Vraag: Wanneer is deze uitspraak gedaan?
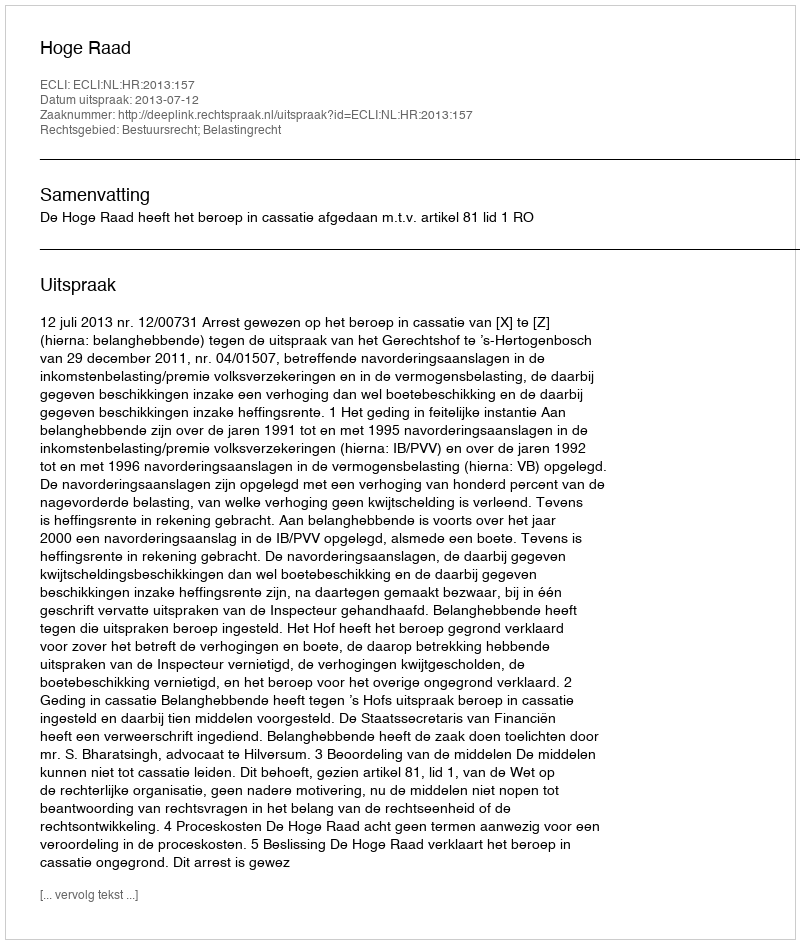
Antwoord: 2013-07-12